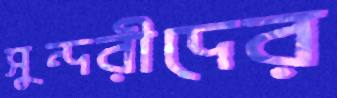
সুন্দরীদের